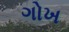
ગોખ